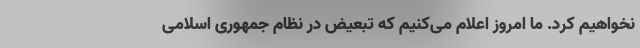
نخواهیم کرد. ما امروز اعلام می‌کنیم که تبعیض در نظام جمهوری اسلامی